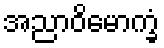
အညာဝိမောက္ခံ